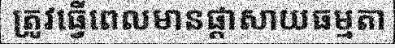
ត្រូវធ្វើពេលមានផ្តាសាយធម្មតា